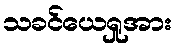
သခင်ယေရှုအား